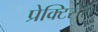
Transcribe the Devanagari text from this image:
प्रेक्टिसेस